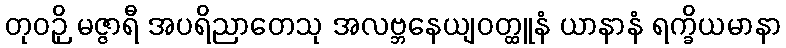
တုဝဉှိ မဇ္ဇာရီ အပရိညာတေသု အလဗ္ဘနေယျဝတ္ထူနံ ယာနာနံ ရက္ခိယမာနာ